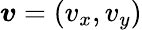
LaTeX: \boldsymbol{v}=(v_{x},v_{y})